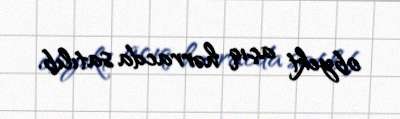
obyekt açıq hərracda satılıb.